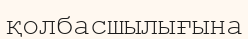
қолбасшылығына